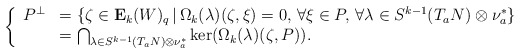
\begin{align*}\left\{\begin{array}{ll}P^{\bot}&=\{\zeta\in\mathbf{E}_k(W)_q\, |\, \Omega_k(\lambda)(\zeta,\xi)=0,\, \forall \xi\in P,\, \forall\lambda\in S^{k-1}(T_aN)\otimes\nu_a^*\}\\&=\bigcap_{\lambda\in S^{k-1}(T_aN)\otimes\nu_a^*}\ker(\Omega_k(\lambda)(\zeta,P)).\\\end{array}\right.\end{align*}